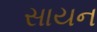
સાયન